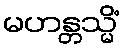
မဟန္တသ္မိံ